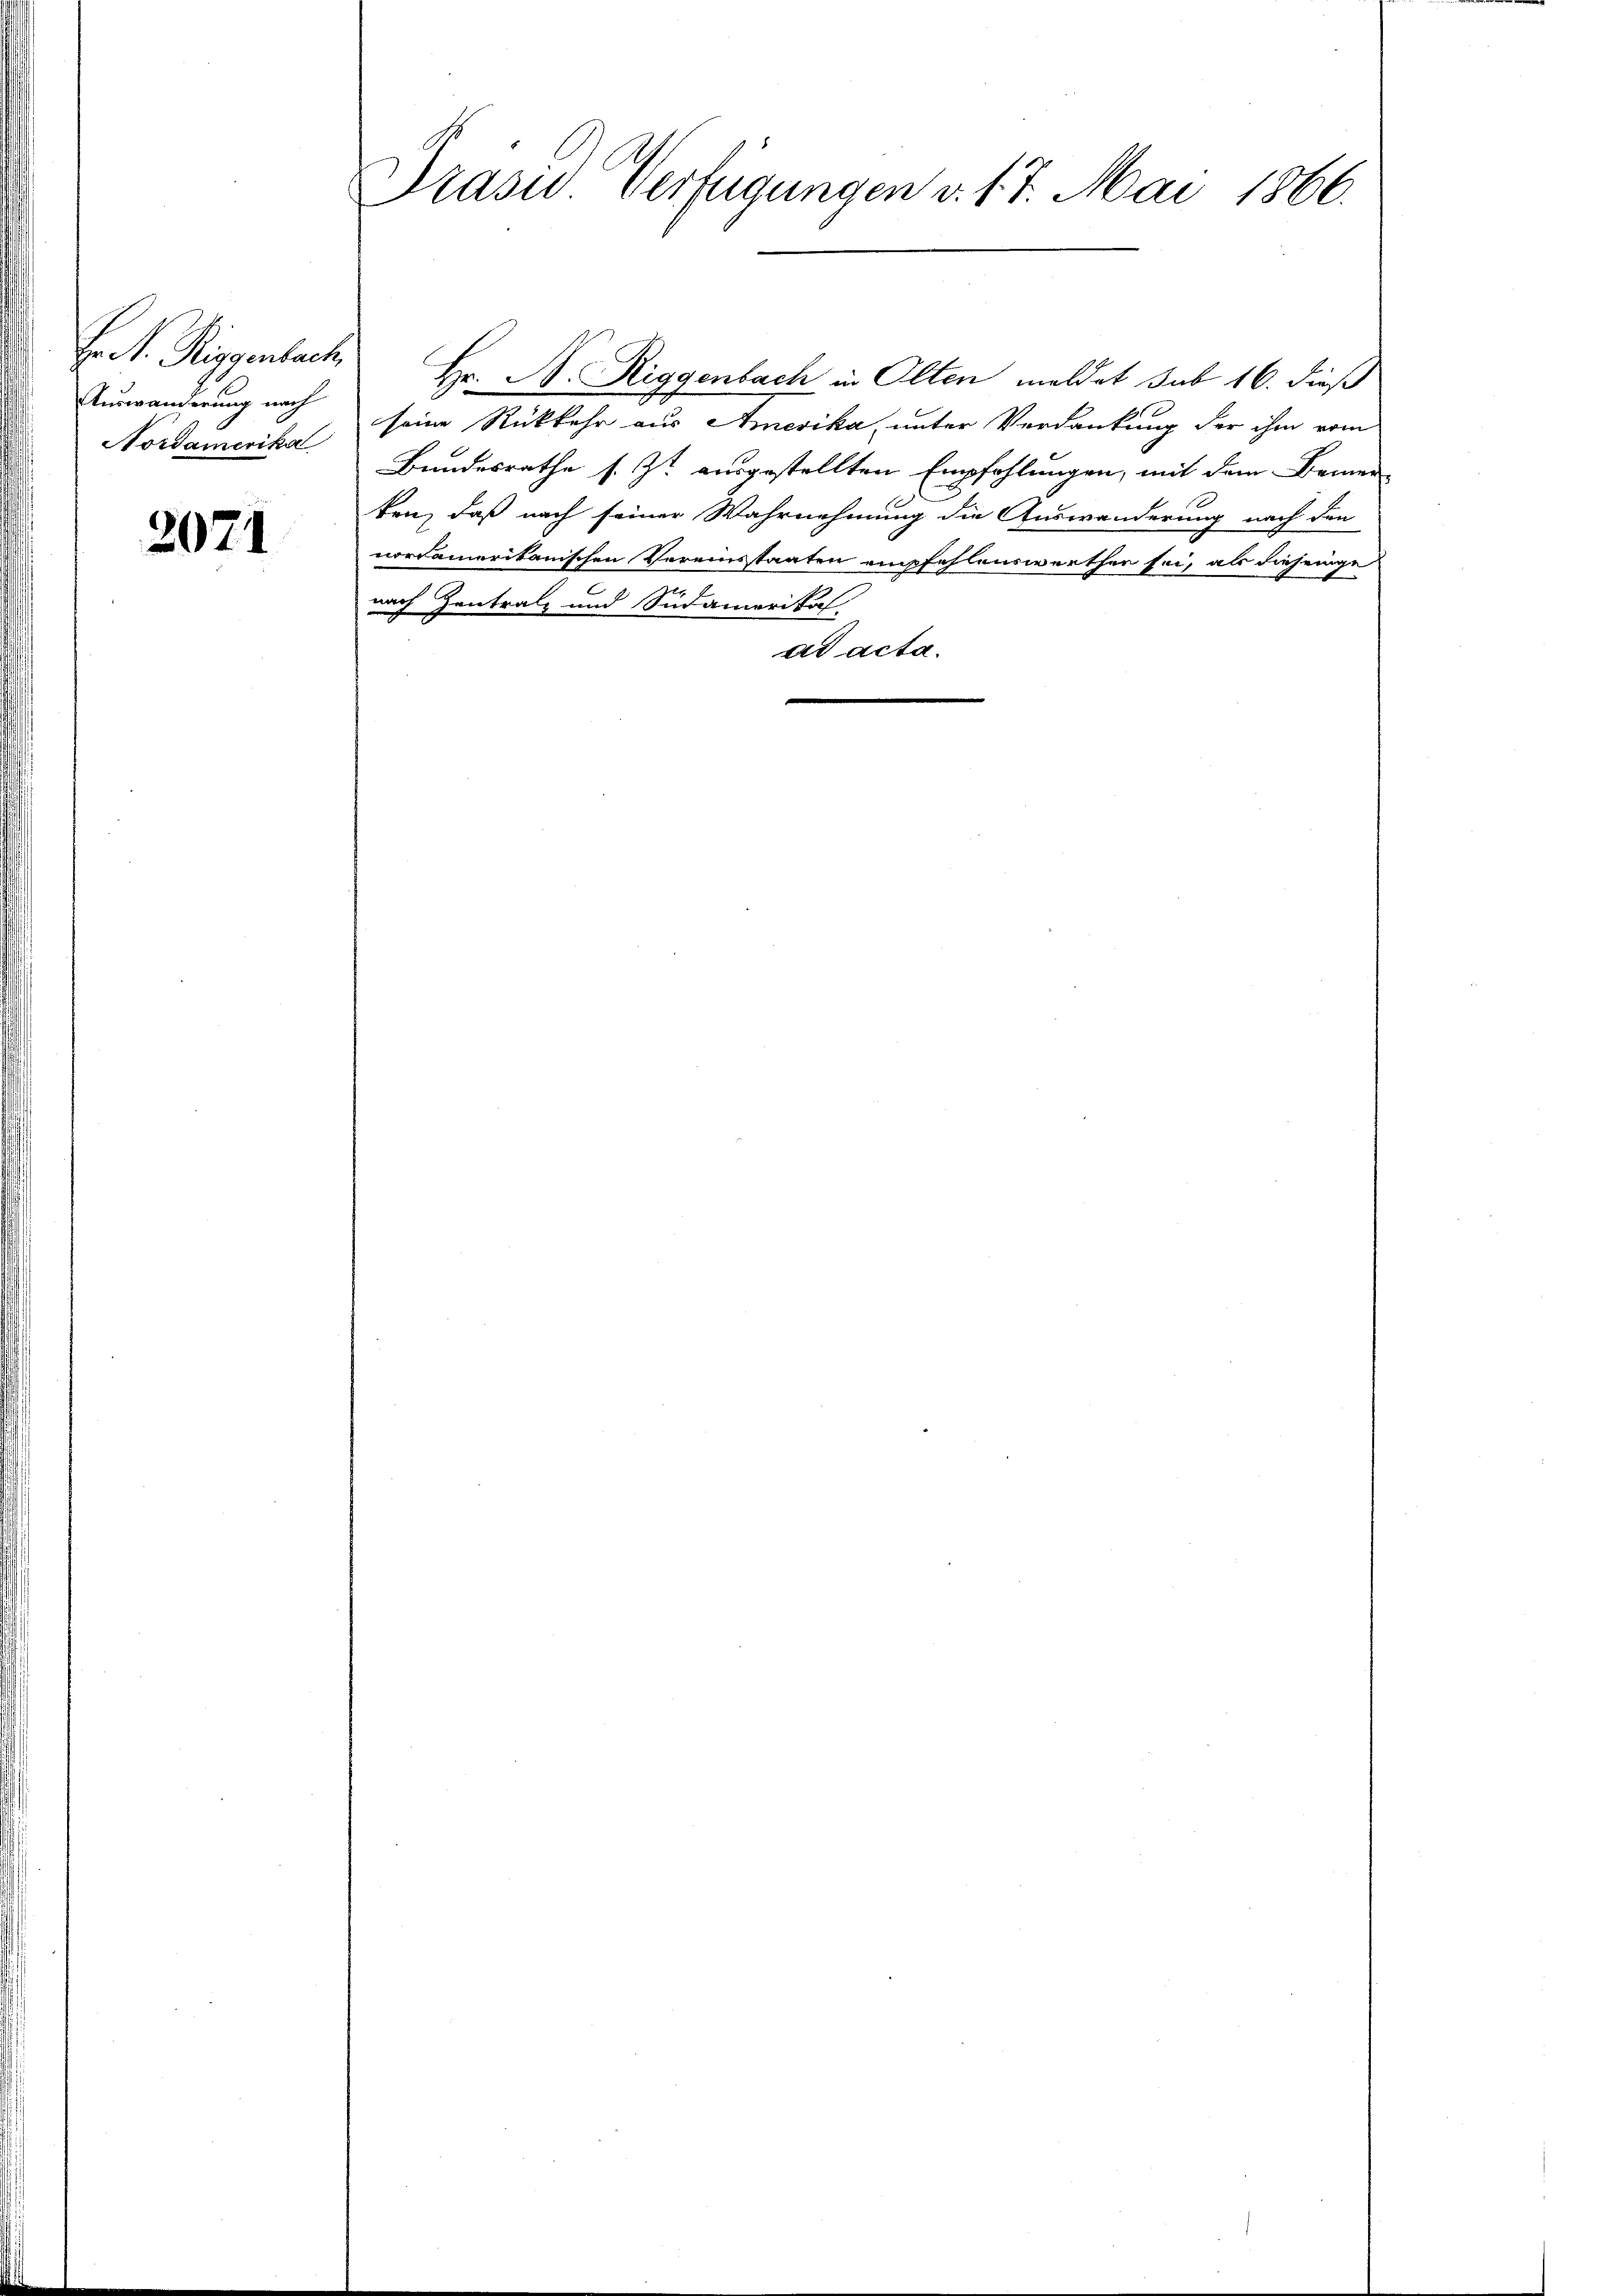
Er M. Riggenbach
Auswanderung nach
Nordamerika

2071

Präser Verfügungen v. 17. Mai 1866.

Hr. A. Riggenbach in Olten meldet sub 16. dieß
seine Rückkehr aus Amerika, unter Verdankung der ihm vom
Bundesrathe s. Zt. ausgestellten Empfehlungen, mit dem Bemer
ten, daß nach seiner Wahrnehmung die Auswanderung nach den
nordamerikanischen Vereinstaaten empfehlenswerthen sei, als diejenige
nach Zentralz und Südamerika.
ad acta.